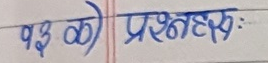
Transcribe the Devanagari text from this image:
१३ को प्रश्नहरु :